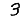
Digit: 3